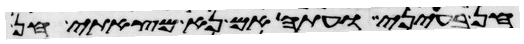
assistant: חן בעיני ועתה אם נא מצאתי חן